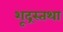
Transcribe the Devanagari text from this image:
शूद्रस्तथा